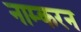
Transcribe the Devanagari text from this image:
नाम्करन